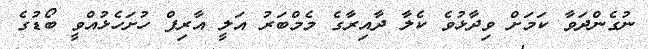
ނުގެންދަވާ ކަމަށް ވިދާޅުވެ ކެލާ ދާއިރާގެ މެމްބަރު އަލީ އާރިފް ހުށަހެޅުއްވީ ބޯޑުގެ